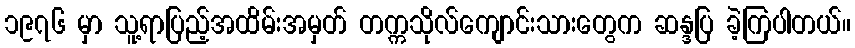
၁၉၇၆ မှာ သူ့ရာပြည့်အထိမ်းအမှတ် တက္ကသိုလ်ကျောင်းသားတွေက ဆန္ဒပြ ခဲ့ကြပါတယ်။